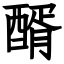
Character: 醑